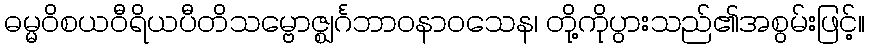
ဓမ္မဝိစယဝီရိယပီတိသမ္ဗောဇ္ဈင်္ဂဘာဝနာဝသေန၊ တို့ကိုပွားသည်၏အစွမ်းဖြင့်။